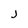
Character: j